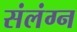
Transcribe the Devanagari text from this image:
संलंग्न